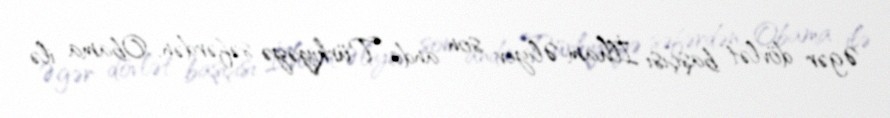
Əgər dövlət başçısı İlham Əliyev son anda Türkiyəyə səfərdən, Obama ilə